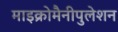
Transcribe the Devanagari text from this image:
माइक्रोमैनीपुलेशन